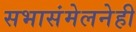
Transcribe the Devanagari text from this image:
सभासंमेलनेही